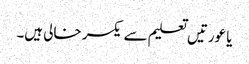
یا عورتیں تعلیم سے یکسر خالی ہیں۔